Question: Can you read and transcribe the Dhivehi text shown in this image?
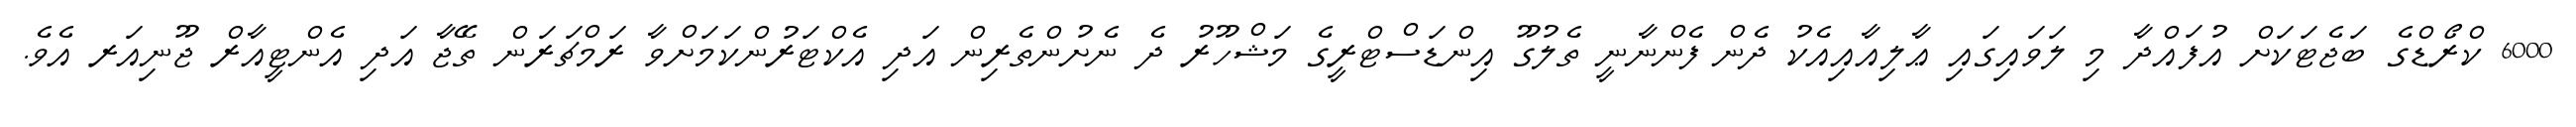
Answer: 6000 ކްރޯޑްގެ ބަޖެޓަކަށް އުފައްދާ މި ލަވައިގައި ޢާލިއާއިއެކު ދެން ފެންނާނީ ތެލުގޫ އިންޑަސްޓްރީގެ މަޝްހޫރު ދެ ނެށުންތެރިން އަދި އެކްޓަރުންކަމަށްވާ ރަމްޗަރަން ތޭޖާ އަދި އެންޓީއާރް ޖޫނިއަރ އެވެ.